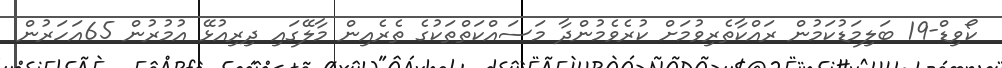
ކޯވިޑް-19 ބަލިމަޑުކަމުން ރައްކާތެރިވުމަށް ކުރެވެމުންދާ މަސައްކަތްތަކުގެ ތެރެއިން މާލޭގައި ދިރިއުޅޭ އުމުރުން 65އަހަރުން